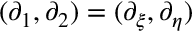
( \partial _ { 1 } , \partial _ { 2 } ) = ( \partial _ { \xi } , \partial _ { \eta } )